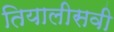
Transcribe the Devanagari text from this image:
तियालीसवी